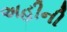
અહીની